Sketch of the medical history of the native army of Bombay, for the year
Year: 1876
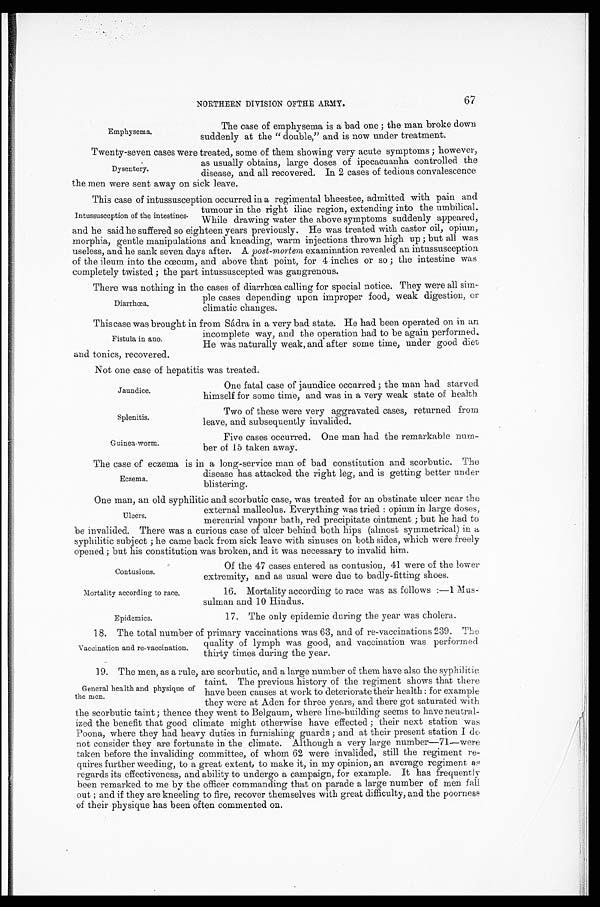
Jaundice.
Splenitis.
Guinea worm.
Contusions.
Mortality according to race.
Epidemics.
67
NORTHERN DIVISION OF THE ARMY.
Emphysema.
The case of emphysema is a bad one; the man broke down
suddenly at the "double," and is now under treatment.
Twenty-seven cases were treated, some of them showing very acute symptoms; however,
as usually obtains, large doses of ipecacuanha controlled the
disease, and all recovered. In 2 cases of tedious convalescence
the men were sent away on sick leave.
This case of intussusception occurred in a regimental bheestee, admitted with pain and
tumour in the right iliac region, extending into the umbilical.
While drawing water the above symptoms suddenly appeared,
and he said he suffered so eighteen years previously. He was treated with castor oil, opium,
morphia, gentle manipulations and kneading, warm injections thrown high up; but all was
useless, and he sank seven days after. A post-mortem, examination revealed an intussusception
of the ileum into the cœcum, and above that point, for 4 inches or so; the intestine was
completely twisted; the part intussuscepted was gangrenous.
There was nothing in the cases of diarrhœa calling for special notice. They were all sim
-
ple cases depending upon improper food, weak digestion, or
climatic changes.
This case was brought in from Sádra in a very bad state. He had been operated on in an
incomplete way, and the operation had to be again performed.
He was naturally weak, and after some time, under good diet
and tonics, recovered.
Not one case of hepatitis was treated.
Dysentery.
Intussusception of the intestines.
Diarrhœa.
Fistula in ano.
One fatal case of jaundice occurred; the man had starved.
himself for some time, and was in a very weak state of health.
Two of these were very aggravated cases, returned from.
leave, and subsequently invalided.
Five cases occurred. One man had the remarkable num
-
ber of 15 taken away.
The case of eczema is in a long-service man of bad constitution and scorbutic. The
disease has attacked the right leg, and is getting better under
blistering.
One man, an old syphilitic and scorbutic case, was treated for an obstinate ulcer near the
external malleolus. Everything was tried: opium in large doses,
mercurial vapour bath, red precipitate ointment; but he had to
be invalided. There was a curious case of ulcer behind both hips (almost symmetrical) in a
syphilitic subject; he came back from sick leave with sinuses on both sides, which were freely
opened; but his constitution was broken, and it was necessary to invalid him.
Eczema.
Ulcers.
Of the 47 cases entered as contusion, 41 were of the lower
extremity, and as usual were due to badly-fitting shoes.
16. Mortality according to race was as follows:—1 Mus
-
sulman and 10 Hindus.
17. The only epidemic during the year was cholera.
1 8 . T h e t o t a l n u m b e r o f p r i m a r y v a c c i n a t i o n s w a s 6 3 , a n d o f r e - v a c c i n a t i o n s 2 3 9 . T h e
quality of lymph was good, and vaccination was performed
thirty times during the year.
19. The men, as a rule, are scorbutic, and a large number of them have also the syphilitic
taint. The previous history of the regiment shows that there
have been causes at work to deteriorate their health: for example
they were at Aden for three years, and there got saturated with
the scorbutic taint; thence they went to Belgaum, where line-building seems to have neutral
-
ized the benefit that good climate might otherwise have effected; their next station was
Poona, where they had heavy duties in furnishing guards; and at their present station I do
not consider they are fortunate in the climate. Although a very large number—71—were
taken before the invaliding committee, of whom 62 were invalided, still the regiment re
-
quires further weeding, to a great extent, to make it, in my opinion, an average regiment as
regards its effectiveness, and ability to undergo a campaign, for example. It has frequently
been remarked to me by the officer commanding that on parade a large number of men fall
out; and if they are kneeling to fire, recover themselves with great difficulty, and the poorness
of their physique has been often commented on.
Vaccination and re-vaccination.
General health and physique of
the men.